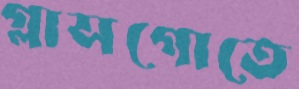
গ্লাসগোতে